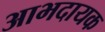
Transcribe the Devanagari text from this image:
आभदायक